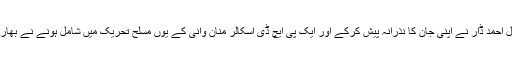
برھان وانی کے گاؤں کے بہت قریب عادل احمد ڈار نے اپنی جان کا نذرانہ پیش کرکے اور ایک پی ایچ ڈی اسکالر منان وانی کے یوں مسلح تحریک میں شامل ہونے نے بھارت کو اخلاقی طور پر ہلا کر رکھ دیا ہے۔